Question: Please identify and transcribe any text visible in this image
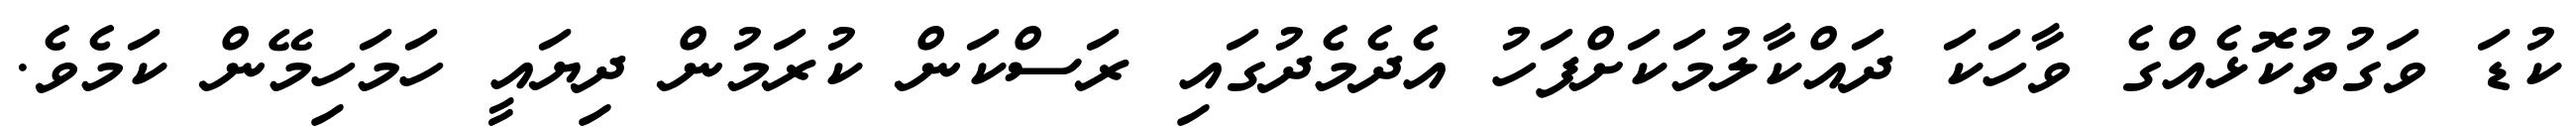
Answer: ކުޑަ ވަގުތުކޮޅެއްގެ ވާހަކަ ދައްކާލުމަކަށްފަހު އެދެމެދުގައި ރަސްކަން ކުރަމުން ދިޔައީ ހަމަހިމޭން ކަމެވެ.